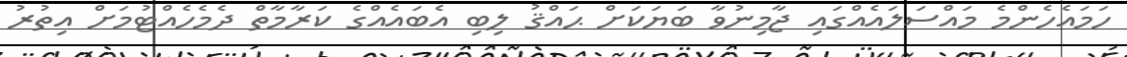
ހަމައެހެންމެ މައްސަލައެއްގައި ޖާމިނުވާ ބަޔަކަށް ޙައްޤު ލިބި އެބައެއްގެ ކަރާމާތް ދެމެހެއްޓުމަށް އިތުރު